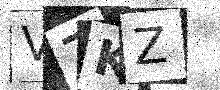
Text: V7KZ